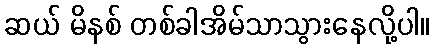
ဆယ် မိနစ် တစ်ခါအိမ်သာသွားနေလို့ပါ။